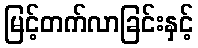
မြင့်တက်လာခြင်းနှင့်